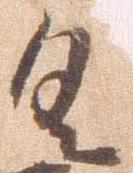
具